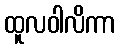
ထူလဝါလိကာ